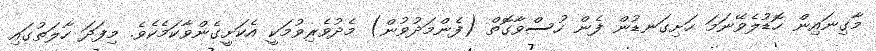
މާގިނައިން ހޮޑުލެވޭނަމަ ހަށިގަނޑުން ފެން ހުސްވާގޮތް (ފެންމަދުވުން) މެދުވެރިވުމަކީ އެކަށީގެންވާކަމެކެވެ. މިފަދަ ހާލަތުގައި